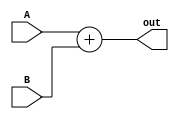
module Adder#(parameter N = 1) (A, B, out);

	input signed [7:0] A;
	input signed [(N+7):0] B;
	output reg signed [N+7:0] out = 0;

	always@(*) begin
		
		out <= A + B ;

	end
endmodule